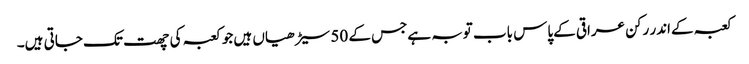
کعبہ کےاندر رکن عراقی کےپاس باب توبہ ہےجس کے 50 سیڑھیاں ہیں جو کعبہ کی چھت تک جاتی ہیں۔